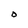
Character: O